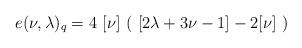
LaTeX: \begin{align*}e(\nu ,\lambda )_{q}=4\ [\nu ]\ (\ [2\lambda +3\nu -1]-2[\nu ]\ )\end{align*}